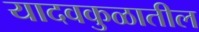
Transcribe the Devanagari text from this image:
यादवकुळातील